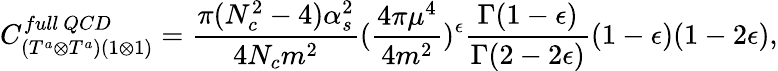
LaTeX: C_{(T^{a}\otimes T^{a})(1\otimes 1)}^{full~QCD}=\frac{\pi(N_{c}^{2}-4)\alpha_{s}^{2}}{4N_{c}m^{2}}(\frac{4\pi\mu^{4}}{4m^{2}})^{\epsilon}\frac{\Gamma(1-\epsilon)}{\Gamma(2-2\epsilon)}(1-\epsilon)(1-2\epsilon),